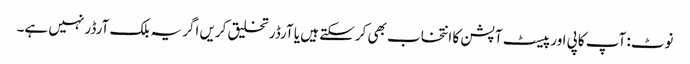
نوٹ: آپ کاپی اور پیسٹ آپشن کا انتخاب بھی کرسکتے ہیں یا آرڈر تخلیق کریں اگر یہ بلک آرڈر نہیں ہے۔